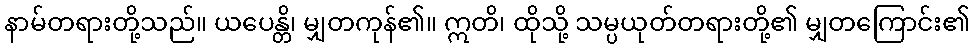
နာမ်တရားတို့သည်။ ယပေန္တိ၊ မျှတကုန်၏။ ဣတိ၊ ထိုသို့ သမ္ပယုတ်တရားတို့၏ မျှတကြောင်း၏